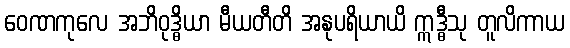
ဝေဏကုလေ အဘိဝုဒ္ဓိယာ မီယတီတိ အနုပရိယာယိ ဣဒ္ဓီသု တူလိကာယ